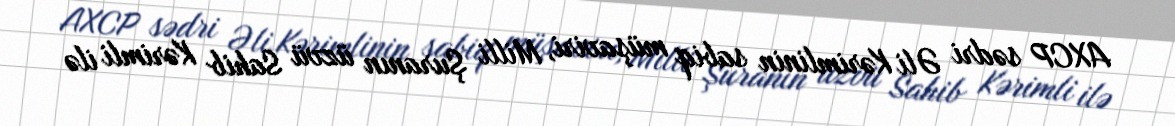
AXCP sədri Əli Kərimlinin sabiq müşaviri, Milli Şuranın üzvü Sahib Kərimli ilə